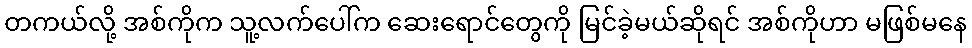
တကယ်လို့ အစ်ကိုက သူ့လက်ပေါ်က ဆေးရောင်တွေကို မြင်ခဲ့မယ်ဆိုရင် အစ်ကိုဟာ မဖြစ်မနေ